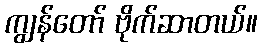
ကျွန်တော် ဗိုက်ဆာတယ်။